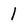
Character: l